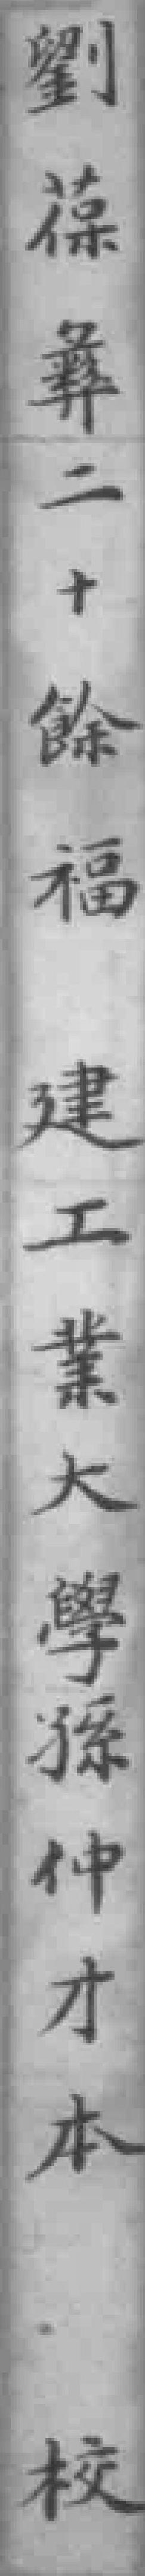
劉葆彝二十餘福建工業大學孫仲才本校